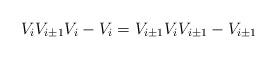
LaTeX: \begin{align*}V_i V_{i \pm 1} V_i - V_i = V_{i \pm 1} V_i V_{i \pm 1} - V_{i \pm 1}\end{align*}